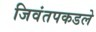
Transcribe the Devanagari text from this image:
जिवंतपकडले